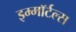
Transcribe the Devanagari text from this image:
इम्माॅर्टल्स